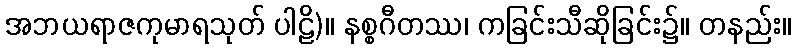
အဘယရာဇကုမာရသုတ် ပါဠိ)။ နစ္စဂီတဿ၊ ကခြင်းသီဆိုခြင်း၌။ တနည်း။